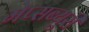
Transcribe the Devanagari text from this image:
मेप्सब्युरी